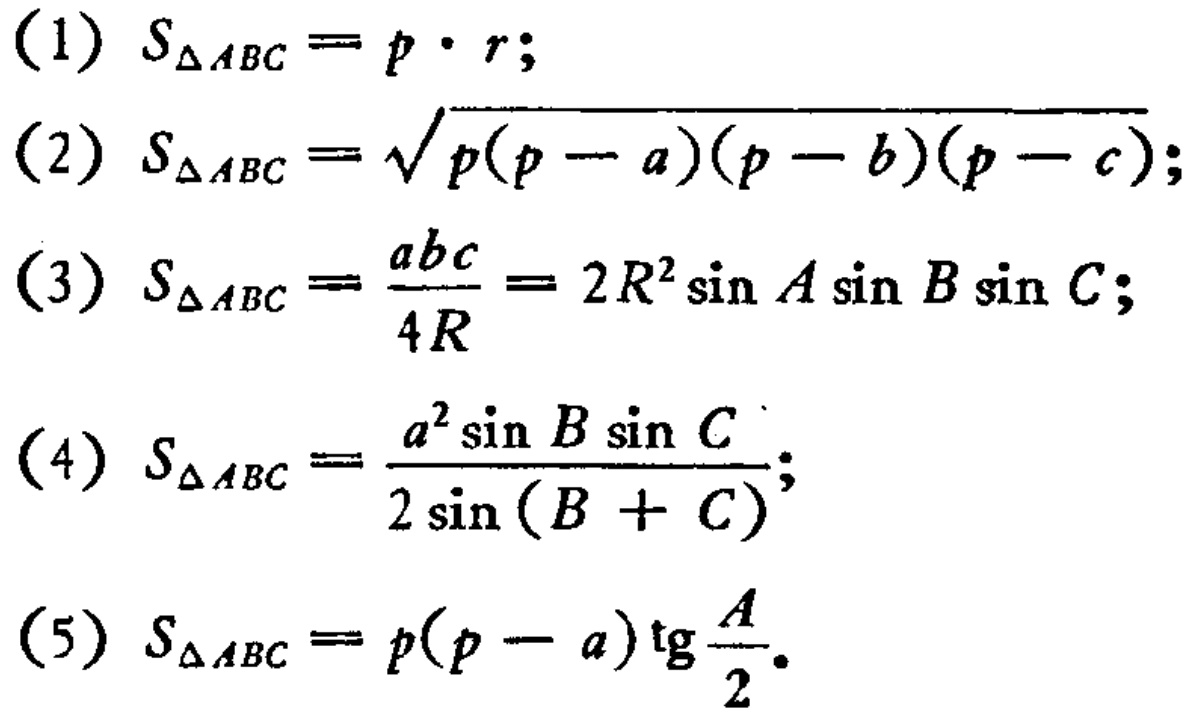
(1) \(S_{\triangle ABC}=p\cdot r;\)
(2) \(S_{\triangle ABC}=\sqrt{p(p - a)(p - b)(p - c)};\)
(3) \(S_{\triangle ABC}=\frac{abc}{4R}=2R^{2}\sin A\sin B\sin C;\)
(4) \(S_{\triangle ABC}=\frac{a^{2}\sin B\sin C}{2\sin (B + C)};\)
(5) \(S_{\triangle ABC}=p(p - a)\tg\frac{A}{2}.\)